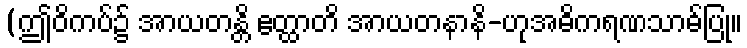
(ဤဝိကပ်၌ အာယတန္တိ ဧတ္ထာတိ အာယတနာနိ-ဟုအဓိကရဏသာဓ်ပြု။